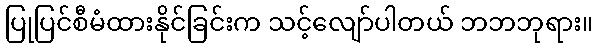
ပြုပြင်စီမံထားနိုင်ခြင်းက သင့်လျော်ပါတယ် ဘဘဘုရား။